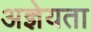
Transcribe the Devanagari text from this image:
अज्ञेयता